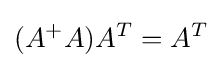
(A^{+}A)A^{T}=A^{T}